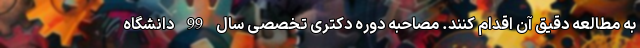
به مطالعه دقیق آن اقدام کنند. مصاحبه دوره دکتری تخصصی سال 99 دانشگاه